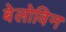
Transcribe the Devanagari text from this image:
बेलोविन